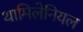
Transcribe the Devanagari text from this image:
थामिलेनियल